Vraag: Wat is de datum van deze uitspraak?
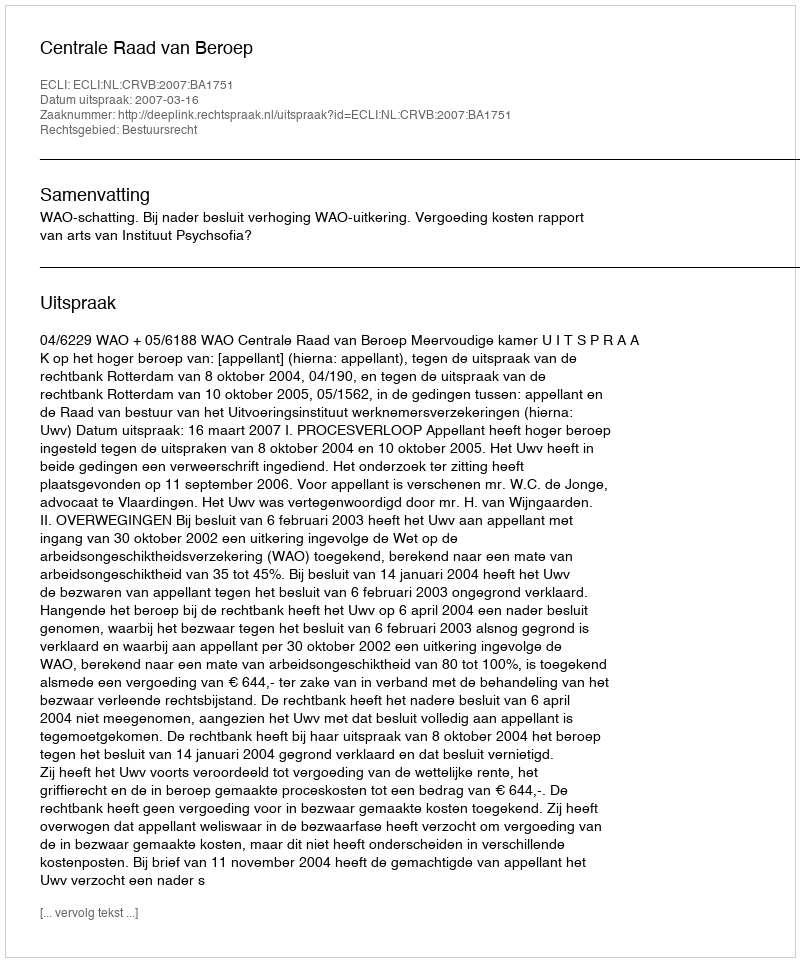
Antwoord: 2007-03-16